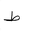
Letter: _da